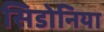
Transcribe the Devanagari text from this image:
सिडोनिया